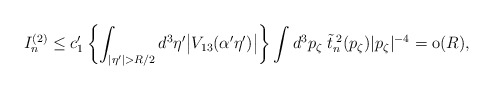
\begin{align*} I_n^{(2)} \leq c'_1 \left\{\int_{|\eta'|>R/2} d^3 \eta' \bigl| V_{13}(\alpha' \eta')\bigr| \right\} \int d^3 p_\zeta \; {\tilde t}^{\; 2}_n (p_\zeta) |p_\zeta|^{-4} = \hbox{o}(R), \end{align*}